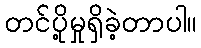
တင်ပို့မှုရှိခဲ့တာပါ။